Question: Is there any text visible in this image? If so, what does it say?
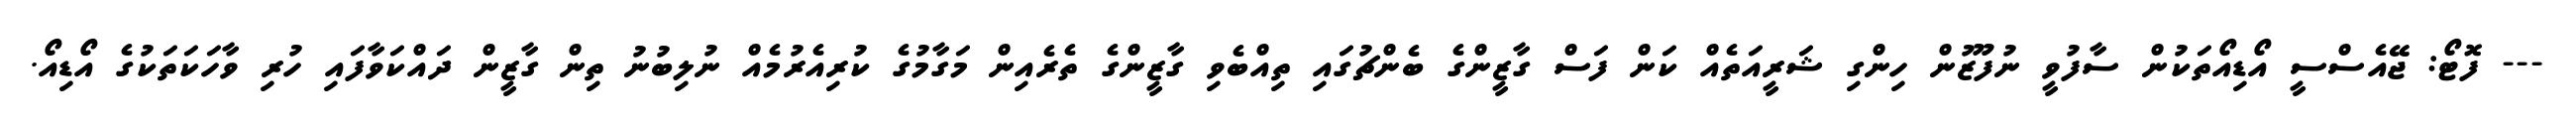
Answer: --- ފޮޓޯ: ޖޭއެސްސީ އޯޑިއޯތަކުން ސާފުވީ ނުފޫޒުން ހިންގި ޝަރީއަތެއް ކަން ފަސް ގާޒީންގެ ބެންޗުގައި ތިއްބެވި ގާޒީންގެ ތެރެއިން މަގާމުގެ ކުރިއެރުމެއް ނުލިބުނު ތިން ގާޒީން ދައްކަވާފައި ހުރި ވާހަކަތަކުގެ އޯޑިއޯ.